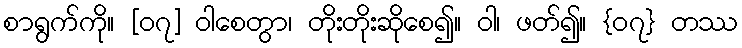
စာရွက်ကို။ [၀၇] ဝါစေတွာ၊ တိုးတိုးဆိုစေ၍။ ဝါ၊ ဖတ်၍။ {၀၇} တဿ